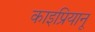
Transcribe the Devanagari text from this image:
काइप्रियानू